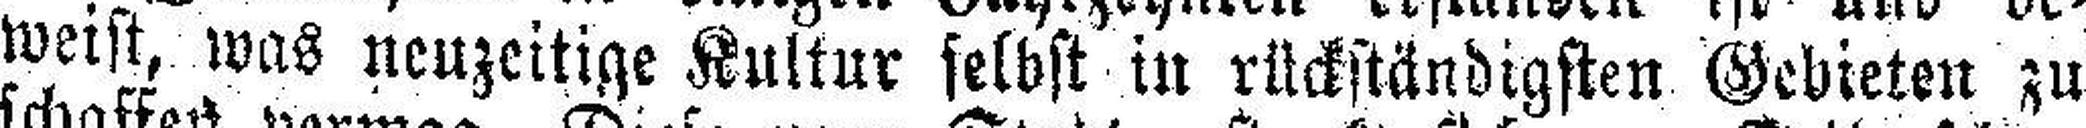
weist, was neuzeitige Kultur selbst in rückständigsten Gebieten zu